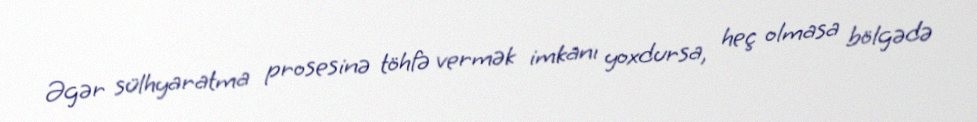
Əgər sülhyaratma prosesinə töhfə vermək imkanı yoxdursa, heç olmasa bölgədə